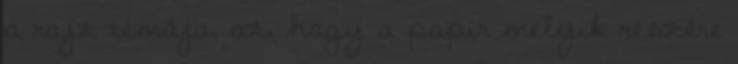
a rajz témája, az, hogy a papír melyik részére